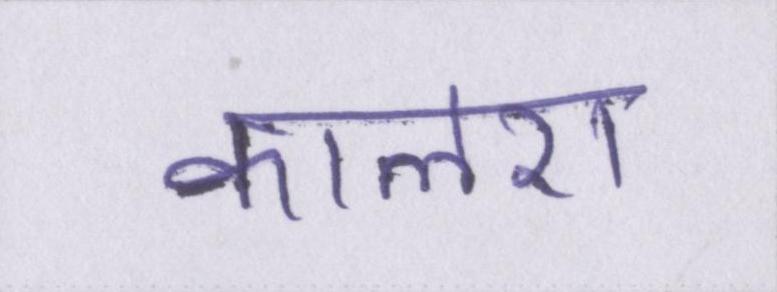
कालरा